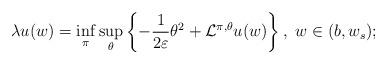
LaTeX: \begin{align*}\lambda u(w)=\inf_\pi \sup_\theta \left\{-\frac{1}{2\varepsilon} \theta^2+\mathcal{L}^{\pi,\theta}u(w)\right\}, \ w\in(b,w_s);\end{align*}